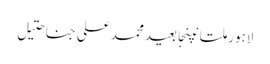
لاہورملتانپنجابعیدمحمد علی جناحتیل